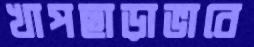
খাপছাড়াভাবে